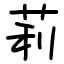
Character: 莉